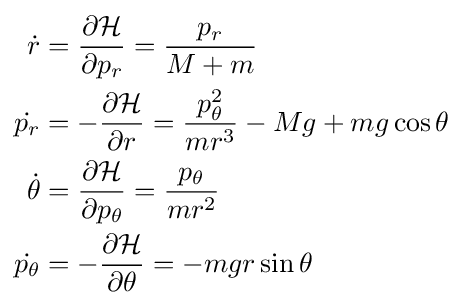
{\begin{aligned}{\dot {r}}&={\frac {\partial {\mathcal {H}}}{\partial {p_{r}}}}={\frac {p_{r}}{M+m}}\\{\dot {p_{r}}}&=-{\frac {\partial {\mathcal {H}}}{\partial {r}}}={\frac {p_{\theta }^{2}}{mr^{3}}}-Mg+mg\cos {\theta }\\{\dot {\theta }}&={\frac {\partial {\mathcal {H}}}{\partial {p_{\theta }}}}={\frac {p_{\theta }}{mr^{2}}}\\{\dot {p_{\theta }}}&=-{\frac {\partial {\mathcal {H}}}{\partial {\theta }}}=-mgr\sin {\theta }\end{aligned}}